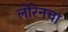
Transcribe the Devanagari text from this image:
लोरेनचा